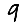
Digit: 9